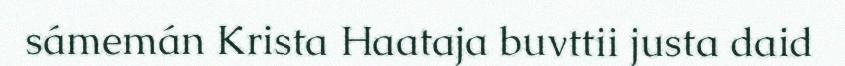
sámemán Krista Haataja buvttii justa daid